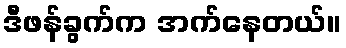
ဒီဖန်ခွက်က အက်နေတယ်။